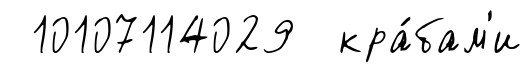
10107114029 кра́бам'и